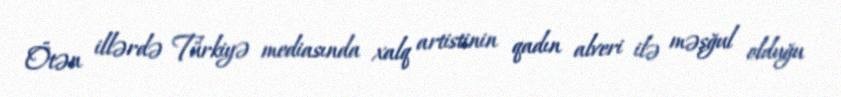
Ötən illərdə Türkiyə mediasında xalq artistinin qadın alveri ilə məşğul olduğu